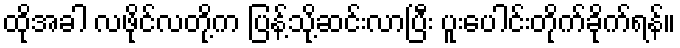
ထိုအခါ လဖိုင်လတို့က ပြန့်သို့ဆင်းလာပြီး ပူးပေါင်းတိုက်ခိုက်ရန်။